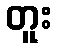
တူး